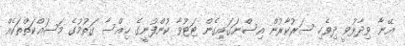
އޭނާ ވިދާޅުވީ ދިވެހި ސަރުކާރުން އިސްނަގައިގެން ޓަޓުވާ ކުންފުނީގެ ހިއްސާ ގަތުމުގެ މަސައްކަތްތަކެއް